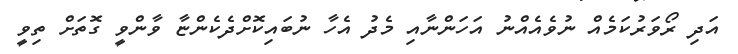
އަދި ރޯވަރުކަމެއް ނުވެއެއްނު އަހަންނާއި މެދު އެހާ ނުބައިކޮށްދެކެންޏާ ވާންވީ ގޮތަށް ތިވީ